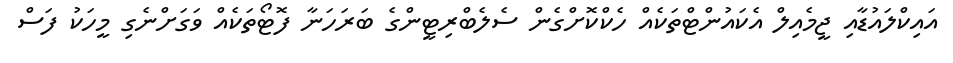
އައިކްލައުޑާއި ޖީމެއިލް އެކައުންޓްތަކެއް ހެކްކޮށްގެން ސެލެބްރިޓީންގެ ބަރަހަނާ ފޮޓޯތަކެއް ވަގަށްނެގި މީހަކު ފަސް